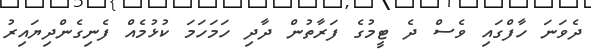
ދެވަނަ ހާފްގައި ވެސް ދެ ޓީމުގެ ފަރާތުން ދާދި ހަމަހަމަ ކުޅުމެއް ފެނިގެންދިޔައިރު